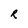
Character: R